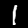
Digit: 1